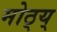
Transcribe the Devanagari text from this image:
मोठ्य्